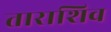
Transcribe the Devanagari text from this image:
ताराशिव